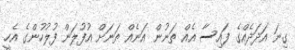
ގިނަ އަދަދެއްގެ ފައިސާ އެއް ތަނުން އަނެއް ތަނަށް އުފުލަން ފުލުހުންގެ އެހީ